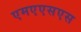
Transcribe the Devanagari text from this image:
एमएएसएस